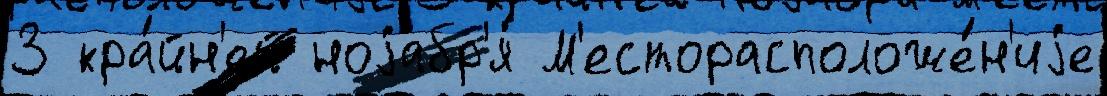
3 кра́йн'ей ноjабр'я́ М'есторасположе́н'иjе